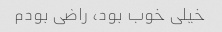
خیلی خوب بود، راضی بودم